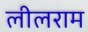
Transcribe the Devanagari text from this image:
लीलराम